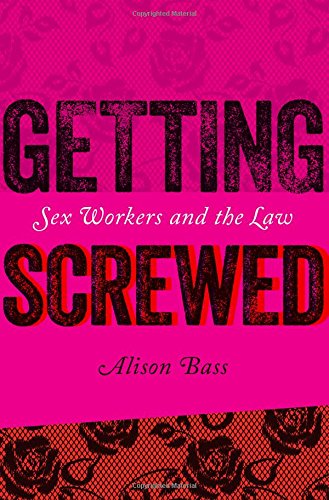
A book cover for Getting Screwed: Sex Workers and the Law; Alison Bass; Law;